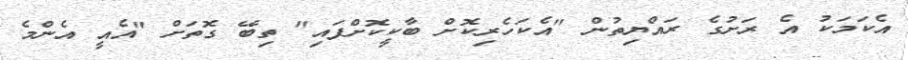
އެކަމަކު އެ ރަށުގެ ރައްޔިތުން "އެކަހެރިކޮށް ބާކީކޮށްފައި" ތިބޭ ގޮތަށް "އެއީ އެންމެ